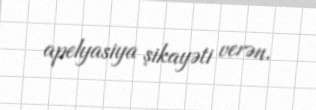
apelyasiya şikayəti verən.